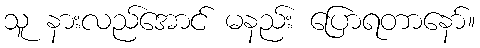
သူ နားလည်အောင် မနည်း ပြောရတာနော်။